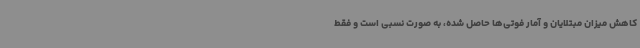
کاهش میزان مبتلایان و آمار فوتی‌ها حاصل شده، به صورت نسبی است و فقط